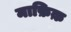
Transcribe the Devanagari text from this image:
माफ़िक़